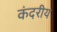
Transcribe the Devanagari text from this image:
कंदरीय